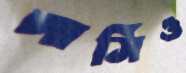
পার্সিও